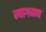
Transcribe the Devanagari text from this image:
न्यागमन